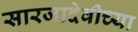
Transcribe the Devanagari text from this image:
सारजादेवीच्या